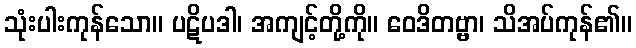
သုံးပါးကုန်သော။ ပဋိပဒါ၊ အကျင့်တို့ကို။ ဝေဒိတဗ္ဗာ၊ သိအပ်ကုန်၏။